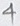
Text: 4